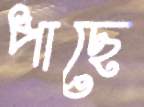
পাছে